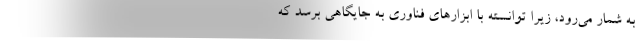
به شمار می‌رود، زیرا توانسته با ابزارهای فناوری به جایگاهی برسد که